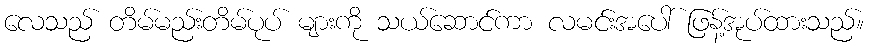
လေသည် တိမ်မည်းတိမ်ပုပ် များကို သယ်ဆောင်ကာ လမင်းအပေါ် ဖြန့်အုပ်ထားသည်။